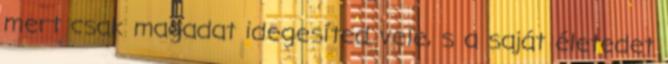
mert csak magadat idegesíted vele, s a saját életedet